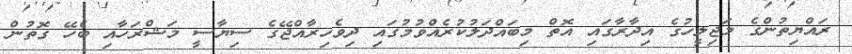
ރައްޔިތުންގެ މަޖިލީހުގެ އިދާރާގައި އޮތް މިބައްދަލުކުރެއްވުމުގައި ދިވެހިރާއްޖޭގެ ސިޔާސީ މަޝްރަހާއި ބެހޭ ގޮތުން